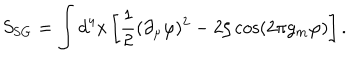
LaTeX: S _ { \mathrm { S G } } = \int d ^ { 4 } x \left[ \frac 1 2 ( \partial _ { \mu } \varphi ) ^ { 2 } - 2 \zeta \cos \left( 2 \pi g _ { m } \varphi \right) \right] .